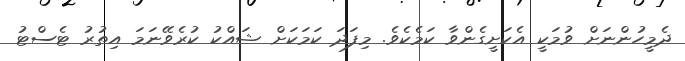
ދެމީހުންނަށް ވުމަކީ އެކަށީގެންވާ ކަމެކެވެ. މިފަދަ ކަމަކަށް ޝައްކު ކުރެވޭނަމަ އިތުރު ޓެސްޓު